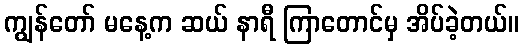
ကျွန်တော် မနေ့က ဆယ် နာရီ ကြာတောင်မှ အိပ်ခဲ့တယ်။